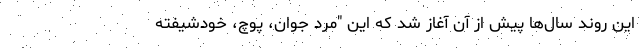
این روند سال‌ها پیش از آن آغاز شد که این "مرد جوان، پوچ، خودشیفته